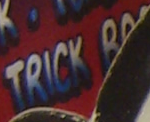
TRICK B